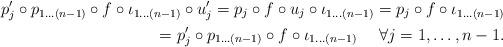
LaTeX: \begin{align*} p'_{j}\circ p_{1 \ldots (n-1)}\circ f\circ \iota_{1 \ldots (n-1)}\circ u'_{j} =p_{j}\circ f\circ u_{j}\circ \iota_{1 \ldots (n-1)}=p_{j}\circ f\circ \iota_{1 \ldots (n-1)}\\=p'_{j}\circ p_{1 \ldots (n-1)}\circ f\circ \iota_{1 \ldots (n-1)}~~~~\forall j=1,\ldots,n-1.\end{align*}